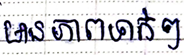
មានភាពទាក់ៗ